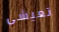
تعيشى